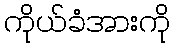
ကိုယ်ခံအားကို